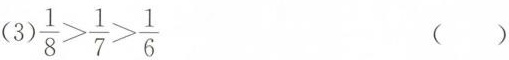
（3）$$\frac{1}{8} > \frac{1}{7} > \frac{1}{6}$$ （ ）